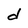
Character: d